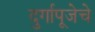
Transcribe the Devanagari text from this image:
दुर्गापूजेचे